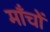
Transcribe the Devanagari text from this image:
माँचों